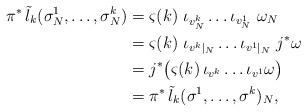
LaTeX: \begin{align*}\pi^*\,\tilde{l}_k(\sigma_N^1,\dots,\sigma_N^k)&=\varsigma(k)~ \iota_{v_N^k}\dots\iota_{v_N^1}~\omega_N\\&=\varsigma(k)~ \iota_{v^k|_N}\dots\iota_{v^1|_N}~j^*\omega\\&=j^*\big(\varsigma(k)\, \iota_{v^k}\dots\iota_{v^1}\omega\big)\\&=\pi^*\,\tilde{l}_k(\sigma^1,\dots,\sigma^k)_N,\end{align*}